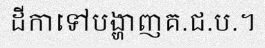
ដីកាទៅបង្ហាញគ.ជ.ប.។